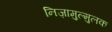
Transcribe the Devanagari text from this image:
निज़ामुल्मुलक